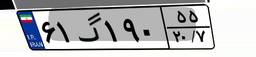
۶۱گ۱۹۰۵۵